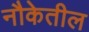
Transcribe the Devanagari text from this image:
नौकेतील